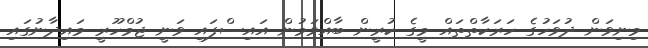
މިނިވަން ދުވަހުގެ ހަރަކާތްތައް މީގެ ކުރީން ބާއްވަމުން އައިސްފައި ވަނީ ޖުމްހޫރީ މައިދާނުގައި